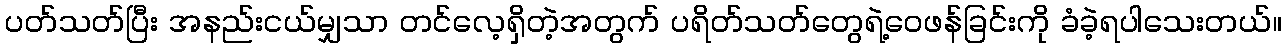
ပတ်သတ်ပြီး အနည်းငယ်မျှသာ တင်လေ့ရှိတဲ့အတွက် ပရိတ်သတ်တွေရဲ့ဝေဖန်ခြင်းကို ခံခဲ့ရပါသေးတယ်။